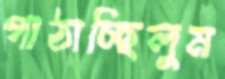
পাঠাচ্ছিলুম